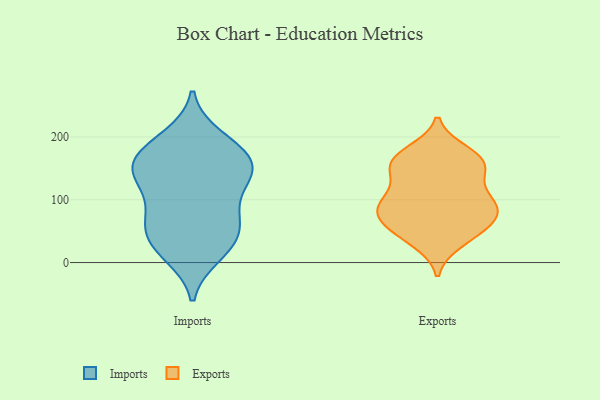
{"axis": {"x": "Customer Acquisition Cost (USD)", "y": "Value"}, "legend": ["Exports", "Imports"], "data": [{"x": "", "y": 156, "type": "Imports"}, {"x": "", "y": 69, "type": "Imports"}, {"x": "", "y": 157, "type": "Imports"}, {"x": "", "y": 76, "type": "Imports"}, {"x": "", "y": 178, "type": "Imports"}, {"x": "", "y": 60, "type": "Imports"}, {"x": "", "y": 25, "type": "Imports"}, {"x": "", "y": 115, "type": "Imports"}, {"x": "", "y": 193, "type": "Imports"}, {"x": "", "y": 159, "type": "Imports"}, {"x": "", "y": 123, "type": "Imports"}, {"x": "", "y": 12, "type": "Imports"}, {"x": "", "y": 200, "type": "Imports"}, {"x": "", "y": 134, "type": "Imports"}, {"x": "", "y": 19, "type": "Imports"}, {"x": "", "y": 42, "type": "Imports"}, {"x": "", "y": 62, "type": "Imports"}, {"x": "", "y": 161, "type": "Imports"}, {"x": "", "y": 141, "type": "Imports"}, {"x": "", "y": 84, "type": "Exports"}, {"x": "", "y": 86, "type": "Exports"}, {"x": "", "y": 52, "type": "Exports"}, {"x": "", "y": 142, "type": "Exports"}, {"x": "", "y": 60, "type": "Exports"}, {"x": "", "y": 157, "type": "Exports"}, {"x": "", "y": 109, "type": "Exports"}, {"x": "", "y": 96, "type": "Exports"}, {"x": "", "y": 104, "type": "Exports"}, {"x": "", "y": 69, "type": "Exports"}, {"x": "", "y": 73, "type": "Exports"}, {"x": "", "y": 33, "type": "Exports"}, {"x": "", "y": 148, "type": "Exports"}, {"x": "", "y": 40, "type": "Exports"}, {"x": "", "y": 91, "type": "Exports"}, {"x": "", "y": 169, "type": "Exports"}, {"x": "", "y": 176, "type": "Exports"}, {"x": "", "y": 166, "type": "Exports"}, {"x": "", "y": 154, "type": "Exports"}]}